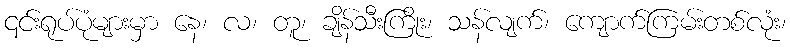
၎င်းရုပ်ပုံများမှာ နေ၊ လ၊ တူ၊ ချိန်သီးကြိုး၊ သန်လျက်၊ ကျောက်ကြမ်းတစ်လုံး၊